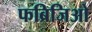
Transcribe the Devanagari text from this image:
फब्रिजिओ